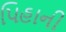
પિહાની